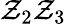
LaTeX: \mathcal{Z}_{2}\mathcal{Z}_{3}